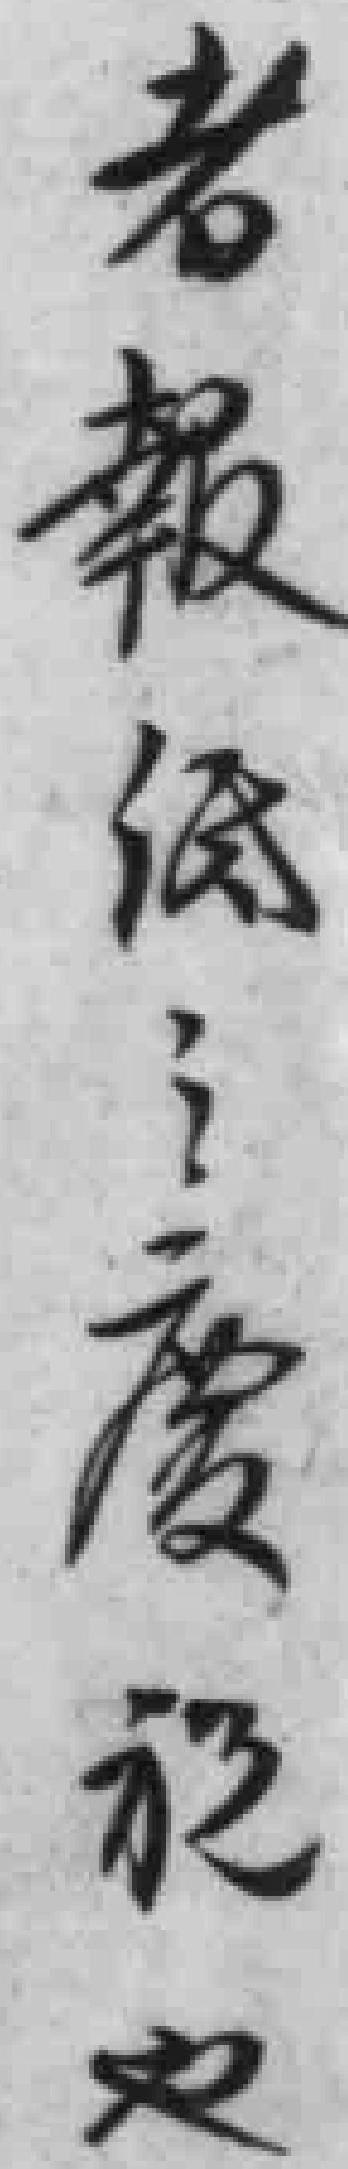
者報紙之慶祝也